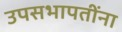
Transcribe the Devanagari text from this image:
उपसभापतींना